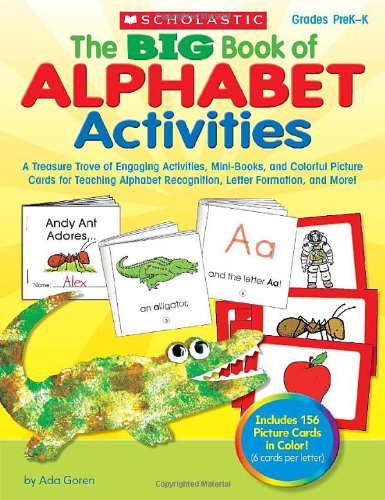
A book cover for The BIG Book of Alphabet Activities: A Treasure Trove of Engaging Activities, Mini-Books, and Colorful Picture Cards for Teaching Alphabet Recognition, Letter Formation, and More!; Ada Goren; Reference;